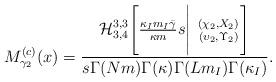
LaTeX: \begin{align*}M^{(c)}_{\gamma_2}(x)=\frac{{\rm \mathcal{H}}_{3,4}^{3,3}\Biggl[\frac{\kappa_Im_I\bar{\gamma}}{\kappa m} s\Bigg\vert\ {(\chi_2,X_2)\atop(\upsilon_2,\Upsilon_2)}\Biggr] }{s\Gamma(Nm)\Gamma(\kappa)\Gamma(Lm_I)\Gamma(\kappa_I)}.\end{align*}